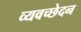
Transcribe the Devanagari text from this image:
व्यवच्छेदन